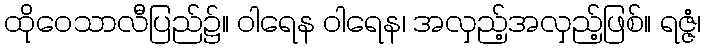
ထိုဝေသာလီပြည်၌။ ဝါရေန ဝါရေန၊ အလှည့်အလှည့်ဖြစ်။ ရဇ္ဇံ၊